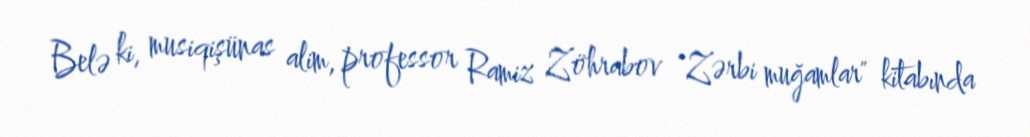
Belə ki, musiqişünas alim, professor Ramiz Zöhrabov "Zərbi muğamlar" kitabında